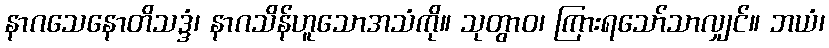
နာဂသေနောတိသဒ္ဒံ၊ နာဂသိန်ဟူသောအသံကို။ သုတွာဝ၊ ကြားရသော်သာလျှင်။ ဘယံ၊